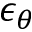
\epsilon _ { \theta }